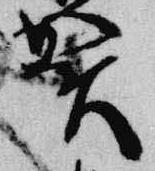
賀